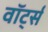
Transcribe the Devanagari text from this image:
वॉर्ट्स